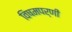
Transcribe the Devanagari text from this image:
विषमपर्णी